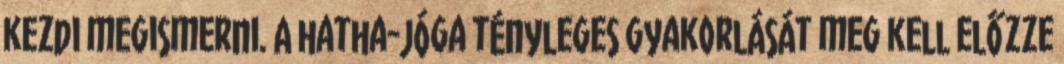
kezdi megismerni. A hatha-jóga tényleges gyakorlását meg kell előzze